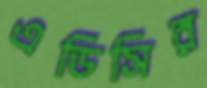
এডিসির